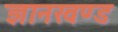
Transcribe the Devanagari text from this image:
ज्ञानखण्ड